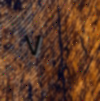
٧